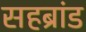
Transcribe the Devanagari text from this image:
सहब्रांड